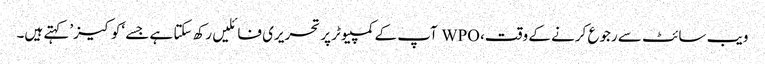
ویب سائٹ سے رجوع کرنے کے وقت، WPO آپ کے کمپیوٹر پر تحریری فائلیں رکھ سکتا ہے جسے ‘کوکیز’ کہتے ہیں۔